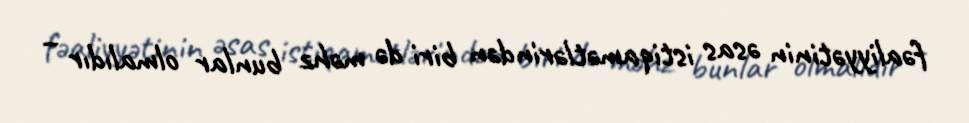
fəaliyyətinin əsas istiqamətlərindən biri də məhz bunlar olmalıdır –